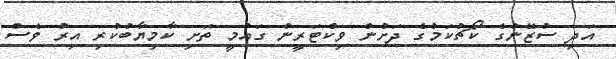
އަދި ސުޒޭނުގެ ކޯޗުކަމުގެ ދަށުން ވިކްޓަރީން ގައުމީ ތަށި ކާމިޔާބުކުރި އިރު ވެސް